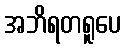
အဘိရတရူပေ